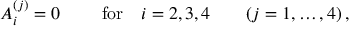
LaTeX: A _ { i } ^ { ( j ) } = 0 \qquad \mathrm { ~ f o r } \quad i = 2 , 3 , 4 \qquad ( j = 1 , \dots , 4 ) \, ,